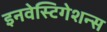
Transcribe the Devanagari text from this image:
इनवेस्टिगेशन्स